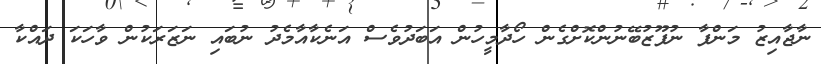
ނާޖާއިޒު މަންފާ ނުފޫޒުބޭނުންކޮށްގެން ހޯދާމީހުން އަބަދުވެސް އަނެކާއާމެދު ނުބައި ނަޒަރަކުން ވާހަކަ ދައްކާ